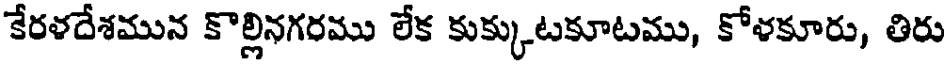
కేరళదేశమున కొల్లినగరము లేక కుక్కుటకూటము, కోళకూరు, తిరు